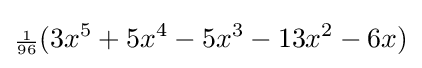
{\scriptstyle {\frac {1}{96}}}(3x^{5}+5x^{4}-5x^{3}-13x^{2}-6x)